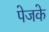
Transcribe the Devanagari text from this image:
पेजके